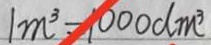
1 m ^ { 3 } = 1 0 0 0 d m ^ { 3 }